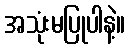
အသုံးမပြုပါနဲ့။